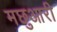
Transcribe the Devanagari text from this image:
मछुआरी